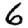
Digit: 6